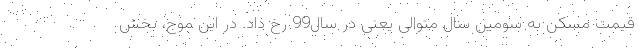
قیمت مسکن به سومین سال متوالی یعنی در سال99 رخ داد. در این موج، بخش